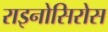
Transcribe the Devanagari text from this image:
राइनोसिरोस